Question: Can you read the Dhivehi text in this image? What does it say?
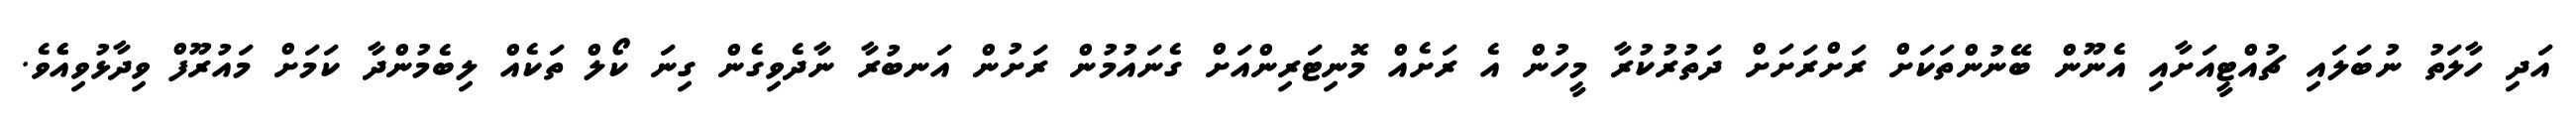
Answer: އަދި ހާލަތު ނުބަލައި ޗުއްޓީއަށާއި އެނޫން ބޭނުންތަކަށް ރަށްރަށަށް ދަތުރުކުރާ މީހުން އެ ރަށެއް މޮނިޓަރިންއަށް ގެނައުމުން ރަށުން އަނބުރާ ނާދެވިގެން ގިނަ ކޯލް ތަކެއް ލިބެމުންދާ ކަމަށް މައުރޫފް ވިދާޅުވިއެެވެ.